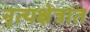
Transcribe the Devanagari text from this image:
नृत्यक्षेत्रात